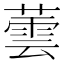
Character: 蕓